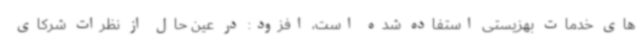
های خدمات بهزیستی استفاده شده است، افزود: در عین حال از نظرات شرکای